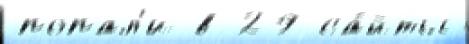
попал'и в 29 са́йты